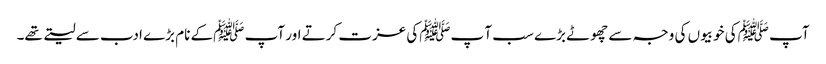
آپ ﷺکی خوبیوں کی وجہ سے چھوٹے بڑے سب آ پﷺکی عزت کرتے اور آپ ﷺکے نام بڑے ادب سے لیتے تھے۔